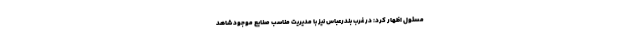
مسئول اظهار کرد: در غرب بندرعباس نیز با مدیریت مناسب صنایع موجود شاهد